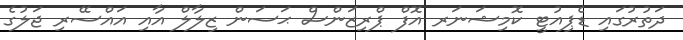
ދަތުރުގައި ޑެޕިއުޓީ ކޮމިޝަނަރ އޮފް ޕްރިޒަންސް ޙަސަން ޒިލާލް އާއި އައްސޭރި ޖަލުގެ